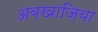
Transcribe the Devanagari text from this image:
अबखाज़िया